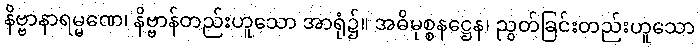
နိဗ္ဗာနာရမ္မဏေ၊ နိဗ္ဗာန်တည်းဟူသော အာရုံ၌။ အဓိမုစ္စနဋ္ဌေန၊ ညွတ်ခြင်းတည်းဟူသော